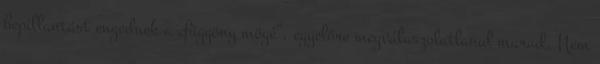
bepillantást engednek a „függöny mögé”, egyelőre megválaszolatlanul marad. Nem